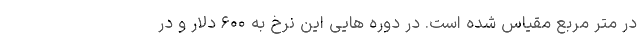
در متر مربع مقیاس شده است. در دوره هایی این نرخ به ۶۰۰ دلار و در